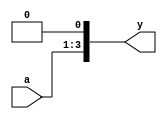
/* Generated by Yosys 0.7 (git sha1 61f6811, gcc 6.2.0-11ubuntu1 -O2 -fdebug-prefix-map=/build/yosys-OIL3SR/yosys-0.7=. -fstack-protector-strong -fPIC -Os) */

module mul2(a, y);
  input [2:0] a;
  output [3:0] y;
  assign y = { a, 1'b0 };
endmodule